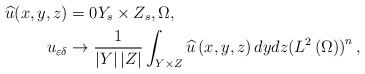
LaTeX: \begin{align*}\widehat{u}(x,y,z) & =0Y_{s}\times Z_{s},\Omega,\\u_{\varepsilon\delta} & \rightarrow\frac{1}{\left\vert Y\right\vert\left\vert Z\right\vert }\int_{Y\times Z}\widehat{u}\left( x,y,z\right)dydz(L^{2}\left( \Omega)\right) ^{n},\end{align*}